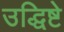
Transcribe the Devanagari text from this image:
उद्धिष्टे